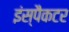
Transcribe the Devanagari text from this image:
इंस्पैकटर